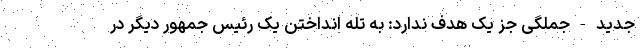
جدید - جملگی جز یک هدف ندارد: به تله انداختن یک رئیس جمهور دیگر در